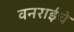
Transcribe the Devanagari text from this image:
वनराईचे